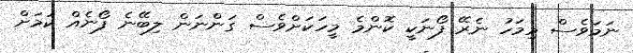
ނަމަވެސް މިމަހު ނެރޭ ފޯނަކީ ކޮންމެ މީހަކަށްވެސް ގަންނަން ލިބޭނެ ފޯނެެއް ކަމަށް